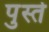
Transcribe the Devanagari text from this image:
पुस्ते